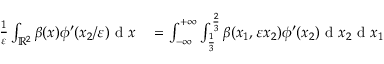
\begin{array} { r l } { \frac { 1 } { \varepsilon } \int _ { \mathbb { R } ^ { 2 } } \beta ( x ) \phi ^ { \prime } ( x _ { 2 } / \varepsilon ) \textrm { d } x } & { { } = \int _ { - \infty } ^ { + \infty } \int _ { \frac { 1 } { 3 } } ^ { \frac { 2 } { 3 } } \beta ( x _ { 1 } , \varepsilon x _ { 2 } ) \phi ^ { \prime } ( x _ { 2 } ) \textrm { d } x _ { 2 } \textrm { d } x _ { 1 } } \end{array}